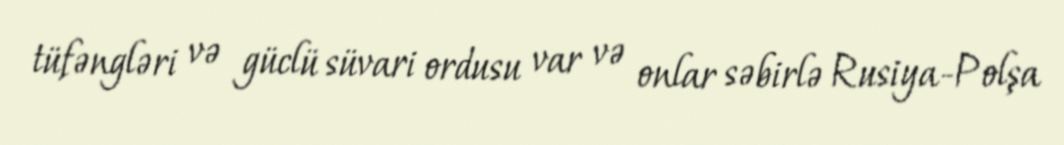
tüfəngləri və güclü süvari ordusu var və onlar səbirlə Rusiya-Polşa